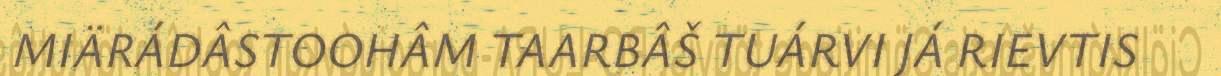
MIÄRÁDÂSTOOHÂM TAARBÂŠ TUÁRVI JÁ RIEVTIS